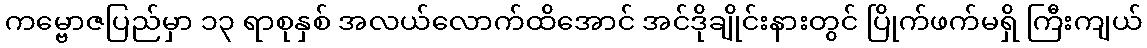
ကမ္ဗောဇပြည်မှာ ၁၃ ရာစုနှစ် အလယ်လောက်ထိအောင် အင်ဒိုချိုင်းနားတွင် ပြိုက်ဖက်မရှိ ကြီးကျယ်